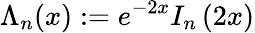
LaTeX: \Lambda_{n}(x):=e^{-2x}I_{n}\left(2x\right)